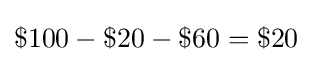
\$100-\$20-\$60=\$20